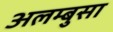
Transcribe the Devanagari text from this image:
अलम्बुसा